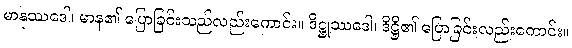
မာနုဿဒေါ၊ မာန၏ ပြောခြင်းသည်လည်းကောင်း။ ဒိဋ္ဌုဿဒေါ၊ ဒိဋ္ဌိ၏ ပြောခြင်းလည်းကောင်း။